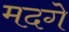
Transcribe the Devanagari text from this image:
मदगे